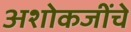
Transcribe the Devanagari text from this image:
अशोकजींचे